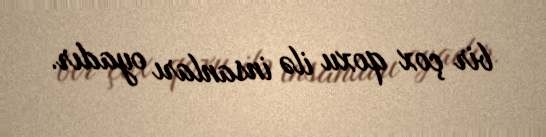
bir çox qoxu ilə insanları oyadır.